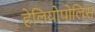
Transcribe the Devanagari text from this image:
हेलियोपोलिस